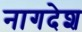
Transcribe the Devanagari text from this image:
नागदेश